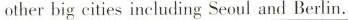
otherbig cities including Seoul and Berlin.